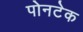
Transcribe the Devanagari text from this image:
पोनटेक